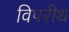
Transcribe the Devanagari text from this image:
विपरीथ